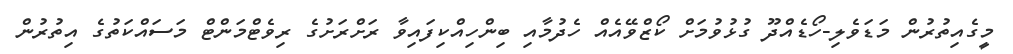
މީގެއިތުރުން މަޑަވެލި-ހޯޑެއްދޫ ގުޅުވުމަށް ކޯޒްވޭއެއް ހެދުމާއި ބިންހިއްކިފައިވާ ރަށްރަށުގެ ރިވެޓްމަންޓް މަސައްކަތުގެ އިތުރުން